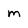
Character: m